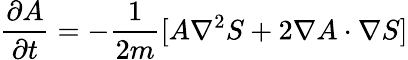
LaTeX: \frac{\partial A}{\partial t}=-\frac{1}{2m}[A\nabla^{2}S+2\nabla A\cdot\nabla S]